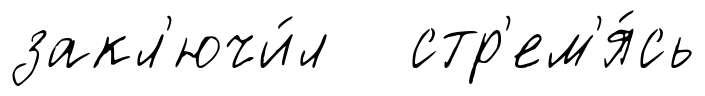
закл'ючи́л стр'ем'я́сь